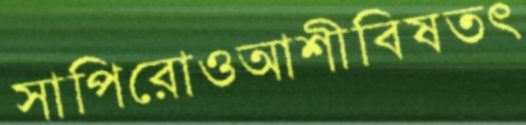
সাপিরোওআশীবিষতৎ